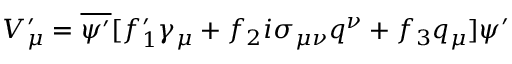
V _ { \mu } ^ { \prime } = \overline { { { \psi ^ { \prime } } } } [ f _ { 1 } ^ { \prime } \gamma _ { \mu } + f _ { 2 } i \sigma _ { \mu \nu } q ^ { \nu } + f _ { 3 } q _ { \mu } ] \psi ^ { \prime }